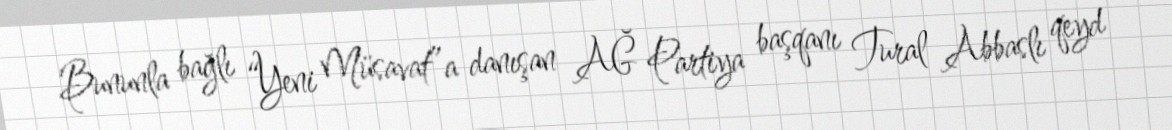
Bununla bağlı “Yeni Müsavat”a danışan AĞ Partiya başqanı Tural Abbaslı qeyd